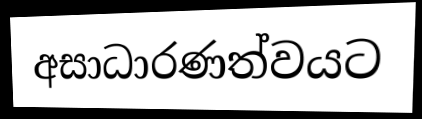
අසාධාරණත්වයට